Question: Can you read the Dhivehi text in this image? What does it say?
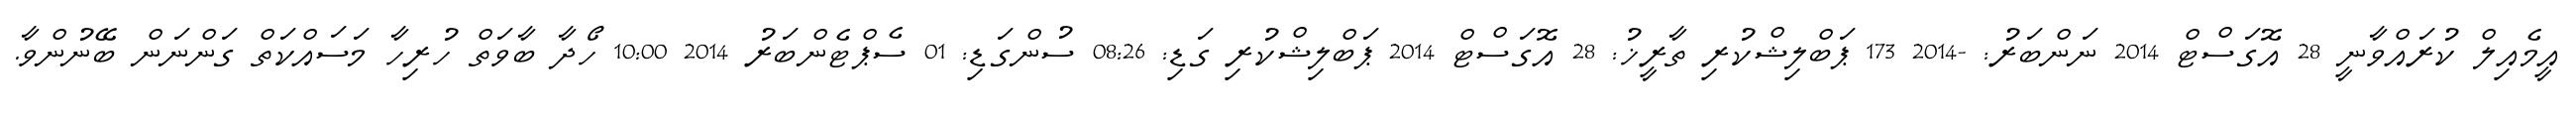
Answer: އީމެއިލް ކުރައްވާނީ 28 އޮގަސްޓް 2014 ނަންބަރު: -2014 173 ޕަބްލިޝްކުރި ތާރީޚު: 28 އޮގަސްޓް 2014 ޕަބްލިޝްކުރި ގަޑި: 08:26 ސުންގަޑި: 01 ސެޕްޓެންބަރު 2014 10:00 ހޯދާ ބާވަތް ހުރިހާ މަސައްކަތް ގަންނަން ބޭނުންވާ.